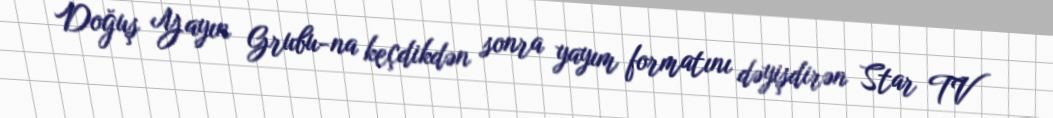
Doğuş Yayın Grubu-na keçdikdən sonra yayım formatını dəyişdirən Star TV